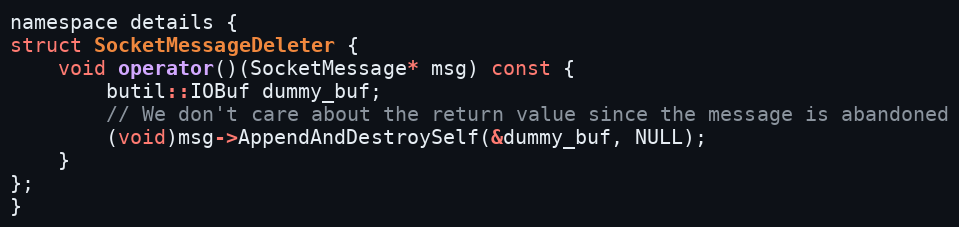
Language: C
namespace details {
struct SocketMessageDeleter {
    void operator()(SocketMessage* msg) const {
        butil::IOBuf dummy_buf;
        // We don't care about the return value since the message is abandoned
        (void)msg->AppendAndDestroySelf(&dummy_buf, NULL);
    }
};
}